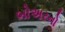
બોઅરનો